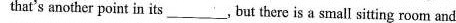
that's another point in its,but there is a small sitting room and